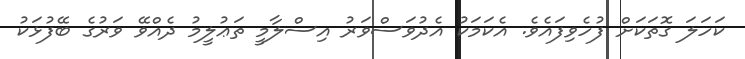
ކަހަލަ ގޮތަކަށް ފުހެވިފައެވެ. އެކަމަކު އެދުވަސްވަރު އިސްލާމީ ތަޢުލީމު ދެއްވޭ ވަރުގެ ބޭފުޅަކު